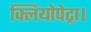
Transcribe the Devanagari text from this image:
क्लियोपेट्रा।